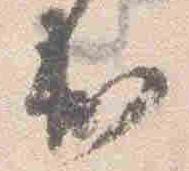
出